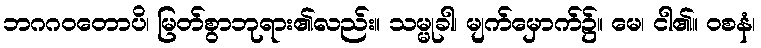
ဘဂဂဝတောပိ၊ မြတ်စွာဘုရား၏လည်း။ သမ္မုခါ၊ မျက်မှောက်၌။ မေ၊ ငါ၏။ ဝစနံ၊